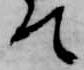
て